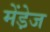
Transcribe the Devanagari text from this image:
मेंडे़ज